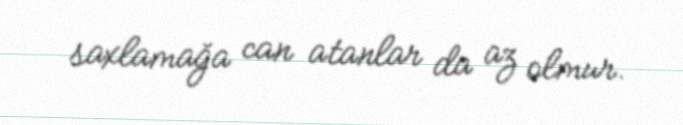
saxlamağa can atanlar da az olmur.